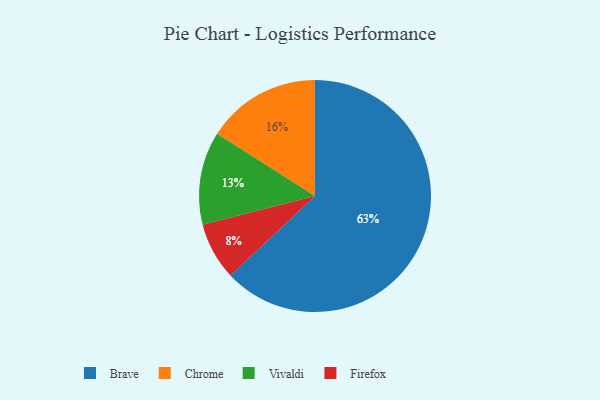
{"axis": {"x": "Category", "y": "Percentage"}, "legend": ["Brave", "Chrome", "Firefox", "Vivaldi"], "data": [{"x": "Vivaldi", "y": 13, "type": "Vivaldi"}, {"x": "Chrome", "y": 16, "type": "Chrome"}, {"x": "Firefox", "y": 8, "type": "Firefox"}, {"x": "Brave", "y": 63, "type": "Brave"}]}